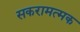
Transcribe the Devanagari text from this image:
सकरामत्मक